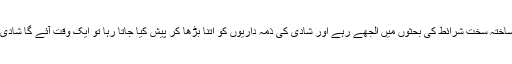
شریعت کی دی گئی لچک کے باوجود اگر ہم اسی طرح پہلی اور دوسری شادی کی خودساختہ سخت شرائط کی بحثوں میں الجھے رہے اور شادی کی ذمہ داریوں کو اتنا بڑھا کر پیش کیا جاتا رہا تو ایک وقت آئے گا شادی ایک مقدس فریضہ بن کر رہ جائے گی ، کوئی اس مقدس کام کے قریب بھی نہ پھٹکے۔